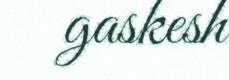
gaskesh